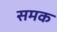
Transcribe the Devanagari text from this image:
समक